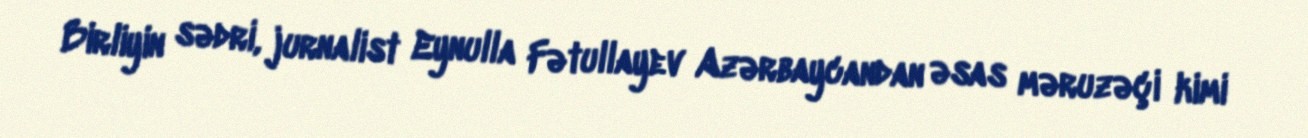
Birliyin sədri, jurnalist Eynulla Fətullayev Azərbaycandan əsas məruzəçi kimi